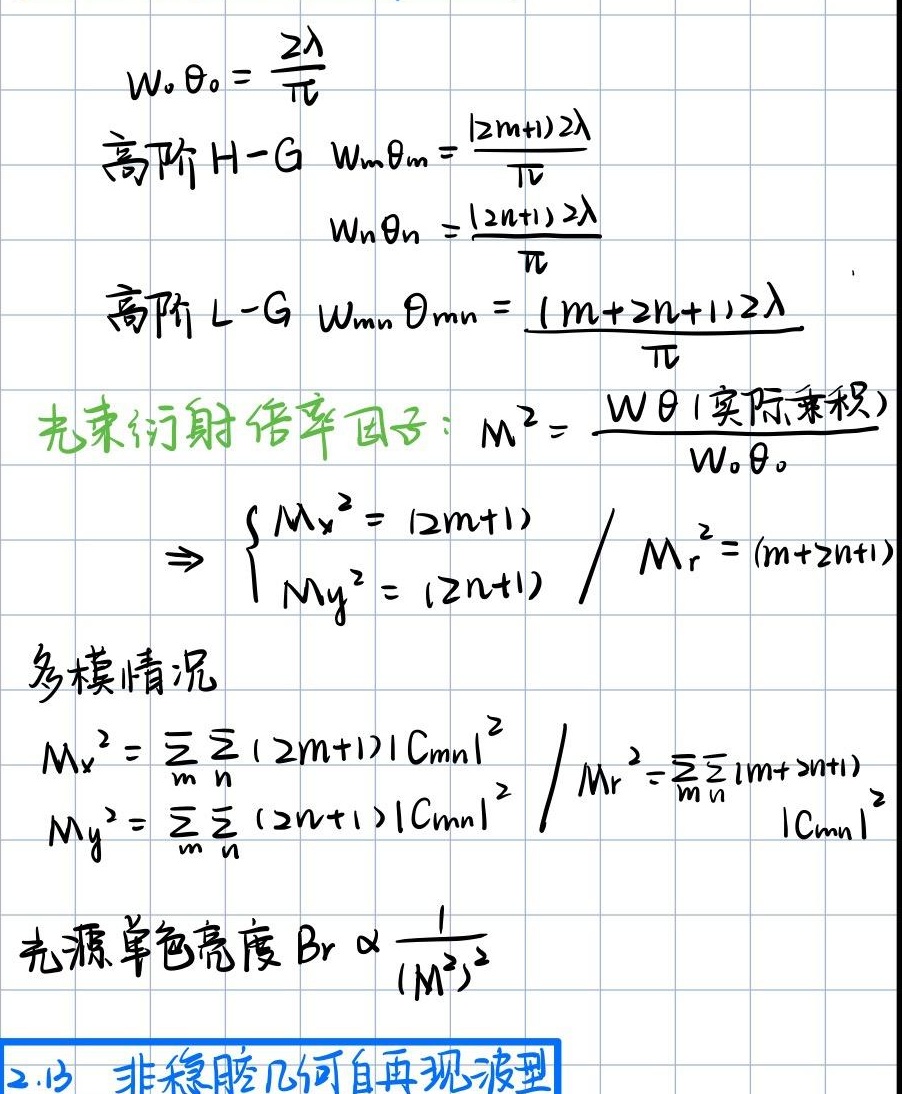
\[
\begin{align*}
w_{0}\theta_{0}&=\frac{2\lambda}{\pi}\\
\end{align*}
\]
高阶 H - G \(w_{m}\theta_{m}=\frac{(2m + 1)2\lambda}{\pi}\)
\[
w_{n}\theta_{n}=\frac{(2n + 1)2\lambda}{\pi}
\]
高阶 L - G \(w_{mn}\theta_{mn}=\frac{(m + 2n+1)2\lambda}{\pi}\)
光束衍射倍率因子：\(M^{2}=\frac{w\theta(\text{实际乘积})}{w_{0}\theta_{0}}\)
\[
\Rightarrow
\begin{cases}
M_{x}^{2}=(2m + 1)\\
M_{y}^{2}=(2n + 1)
\end{cases}
/
M_{r}^{2}=(m + 2n+1)
\]
多模情况
\[
\begin{align*}
M_{x}^{2}&=\sum_{m}\sum_{n}(2m + 1)|C_{mn}|^{2}\\
M_{y}^{2}&=\sum_{m}\sum_{n}(2n + 1)|C_{mn}|^{2}
\end{align*}
/
M_{r}^{2}=\frac{\sum_{m}\sum_{n}(m + 2n+1)|C_{mn}|^{2}}{\sum_{m}\sum_{n}|C_{mn}|^{2}}
\]
光源单色亮度 \(B_{r}\propto\frac{1}{(M^{2})^{2}}\)

2.13 非稳腔几何自再现波型